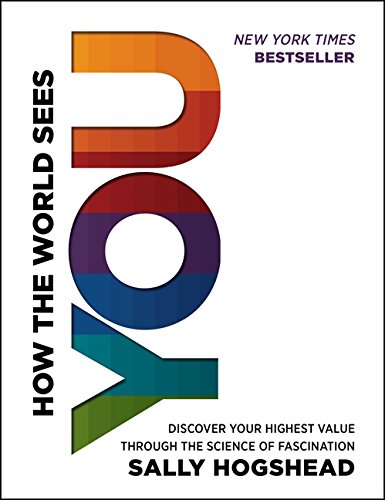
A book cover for How the World Sees You: Discover Your Highest Value Through the Science of Fascination; Sally Hogshead; Health, Fitness & Dieting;